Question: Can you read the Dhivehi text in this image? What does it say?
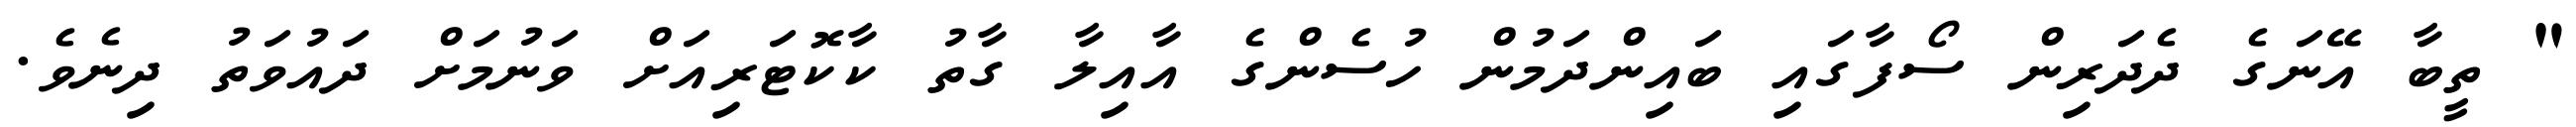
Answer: " ތީބާ އޭނަގެ ދެދަރިން ސޯފާގައި ބައިންދަމުން ހުސެންގެ އާއިލާ ގާތު ކާކޮޓަރިއަށް ވަނުމަށް ދައުވަތު ދިނެވެ.